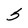
Character: 5